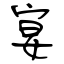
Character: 宴